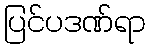
ပြင်ပဒဏ်ရာ